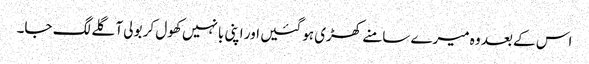
اس کے بعد وہ میرے سامنے کھڑی ہو گئیں اور اپنی بانہیں کھول کر بولی آ گلے لگ جا۔